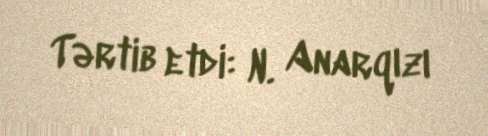
Tərtib etdi: N. Anarqızı